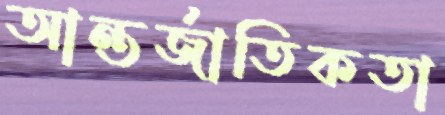
আন্তর্জাতিকতা